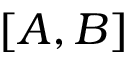
[ A , B ]